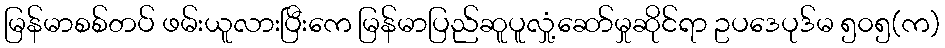
မြန်မာစစ်တပ် ဖမ်းယူလားပြီးကေ မြန်မာပြည်ဆူပူလှုံ့ဆော်မှုဆိုင်ရာ ဥပဒေပုဒ်မ ၅၀၅(က)